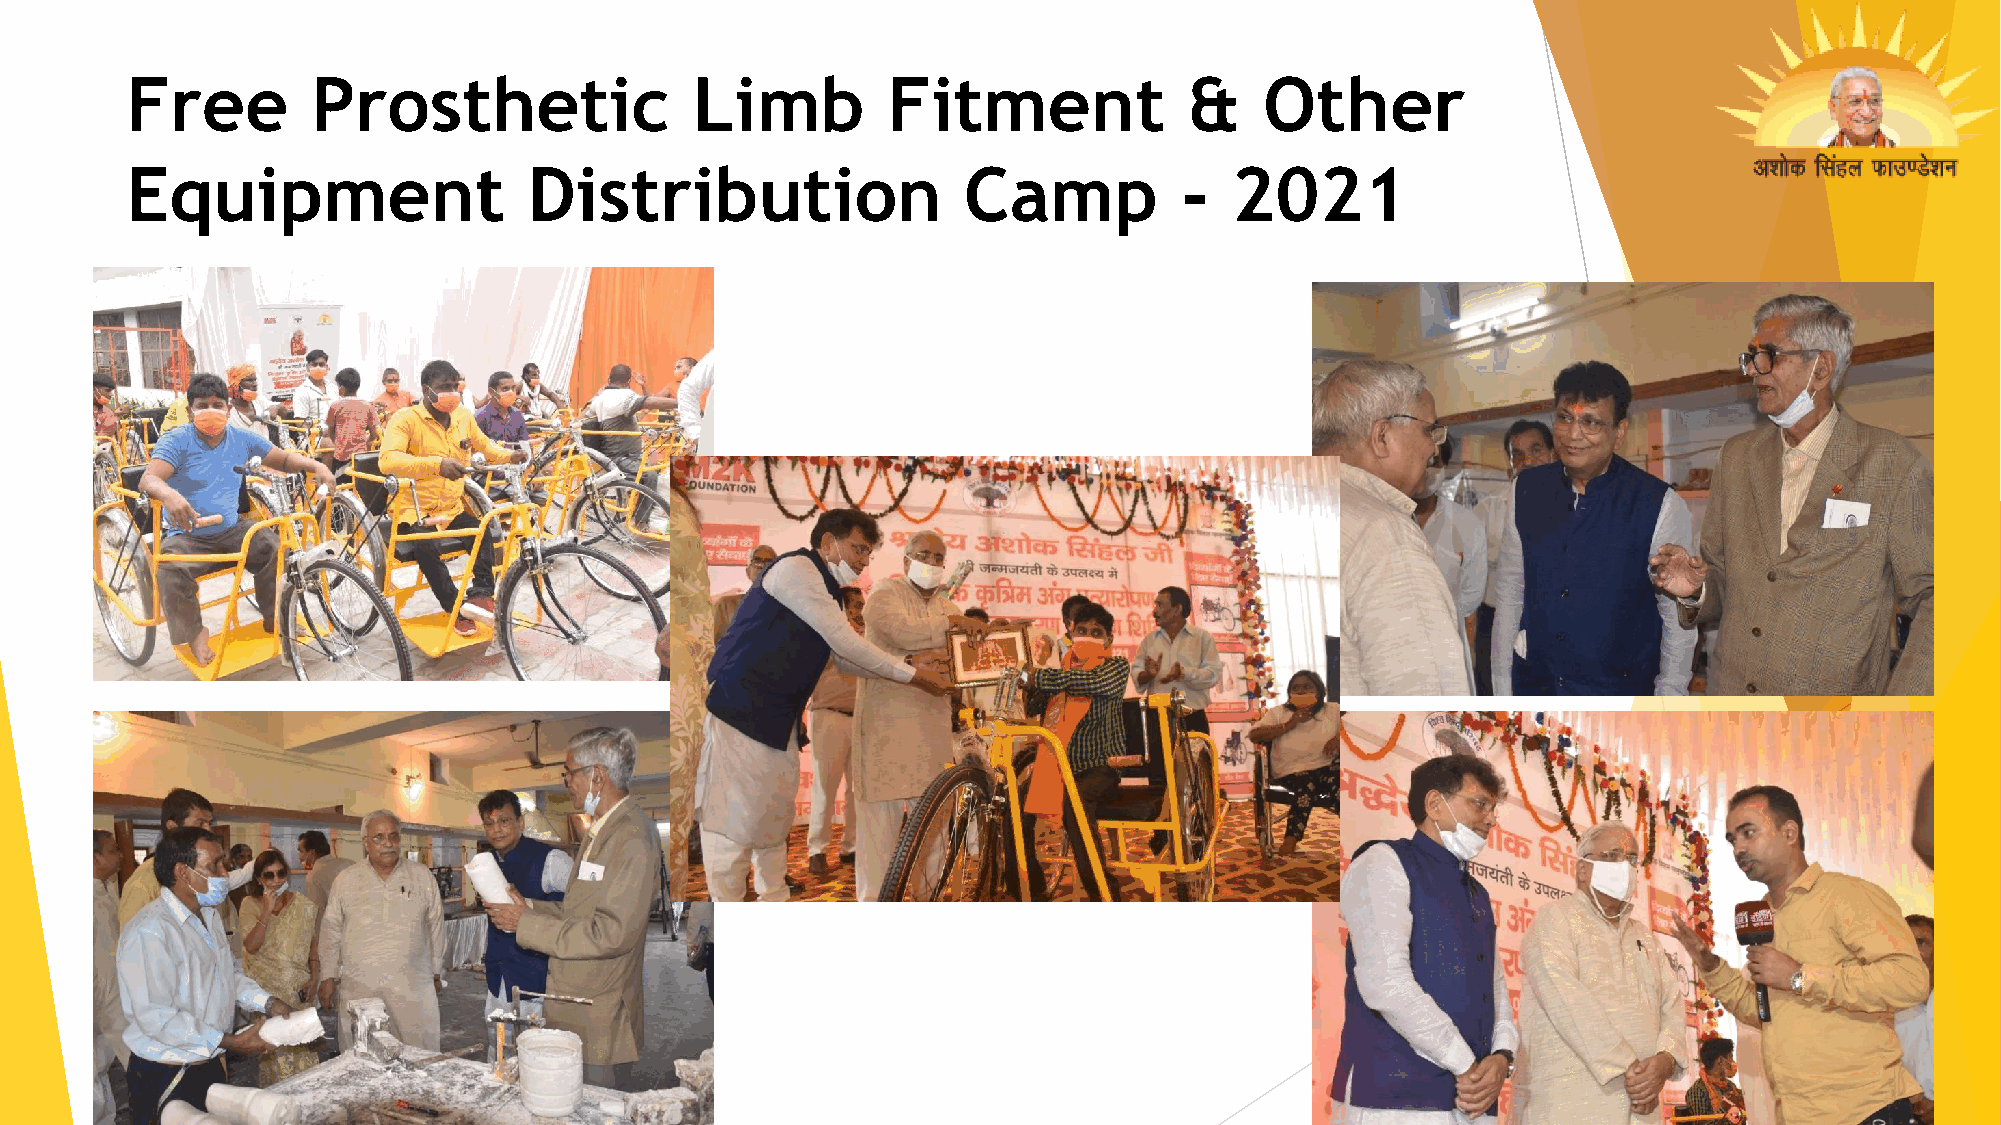
Free         Prosthetic               Limb         Fitment             &    Other
 Equipment                  Distribution                 Camp          -  2021